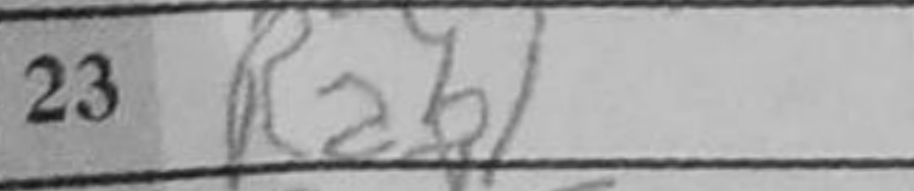
Transcription: Rab1